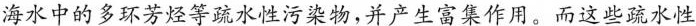
海水中的多环芳烃等疏水性污染物，并产生富集作用。而这些疏水性